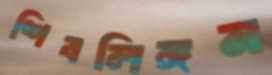
শিবলিঙ্গম